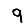
Digit: 9